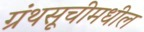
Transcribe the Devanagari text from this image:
ग्रंथसूचीमधील